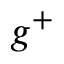
g ^ { + }